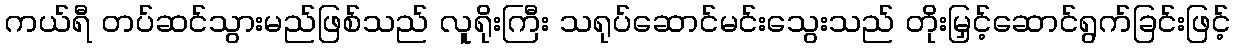
ကယ်ရီ တပ်ဆင်သွားမည်ဖြစ်သည် လူရိုးကြီး သရုပ်ဆောင်မင်းသွေးသည် တိုးမြှင့်ဆောင်ရွက်ခြင်းဖြင့်